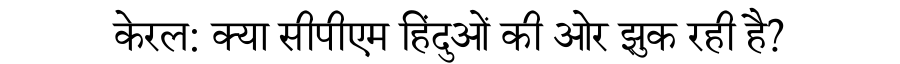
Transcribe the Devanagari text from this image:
केरल: क्या सीपीएम हिंदुओं की ओर झुक रही है?